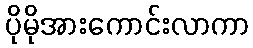
ပိုမိုအားကောင်းလာကာ